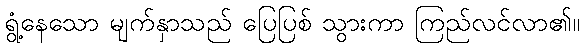
ရွံ့နေသော မျက်နှာသည် ပြေပြစ် သွားကာ ကြည်လင်လာ၏။